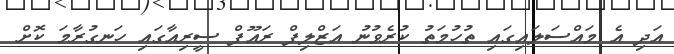
އަދި އެ މައްސަލައިގައި ތުހުމަތު ކުރެވުނު އަޒްލިފް ރައޫފް ސީރިއާގައި ހަނގުރާމަ ކޮށް